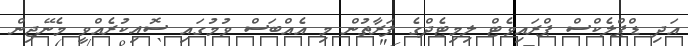
އަދި ޑްޕްލެކްސް ޕްރައިވެޓް ލިމިޓެދްގެ ފަރާތުން މި އެއްބަސް ވުމުގައި ސޮއިކުރެއްވީ މެނޭޖިން